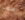
بصحه